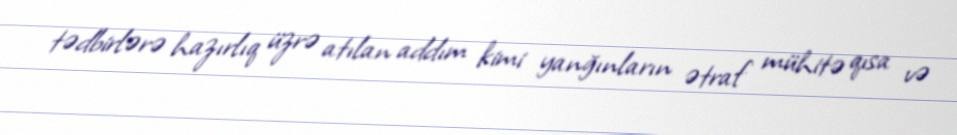
tədbirlərə hazırlıq üzrə atılan addım kimi yanğınların ətraf mühitə qısa və